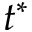
t ^ { * }